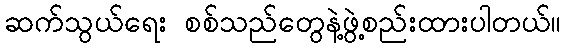
ဆက်သွယ်ရေး စစ်သည်တွေနဲ့ဖွဲ့စည်းထားပါတယ်။